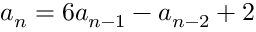
a _ { n } = 6 a _ { n - 1 } - a _ { n - 2 } + 2